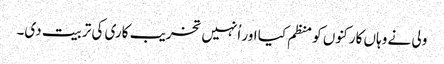
ولی نے وہاں کارکنوں کو منظم کیا اور اُنہیں تخریب کاری کی تربیت دی۔